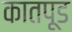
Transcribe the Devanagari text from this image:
कातपूड